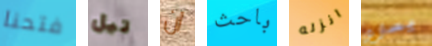
فتحنا تيل ان باحث انزله يصارع